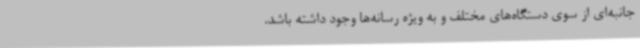
جانبه‌ای از سوی دستگاه‌های مختلف و به ویژه رسانه‌ها وجود داشته باشد.